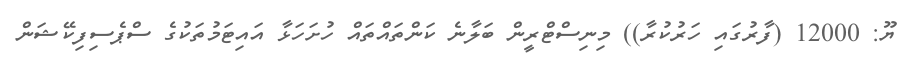
ޔޫ: 12000 (ފާރުގައި ހަރުކުރާ)) މިނިސްޓްރީން ބަލާނެ ކަންތައްތައް ހުށަހަޅާ އައިޓަމުތަކުގެ ސްޕެސިފިކޭޝަން